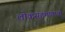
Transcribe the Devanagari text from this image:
लोकसहभागाचा